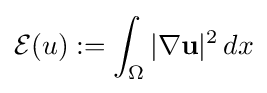
{\mathcal {E}}(u):=\int _{\Omega }|\nabla \mathbf {u} |^{2}\,dx